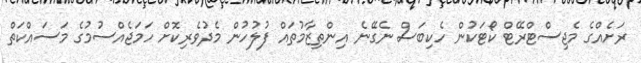
ރަށެއްގެ މެޖިސްޓްރޭޓް ކޯޓަކުން ހެކިބަސް ނެގޭނެ އިންތިޒާމުތައް ފުލުހުން މެދުވެރިކޮށް ހަމަޖެއްސުމުގެ މަސައްކަތް